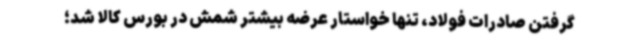
گرفتن صادرات فولاد، تنها خواستار عرضه بیشتر شمش در بورس کالا شد؛